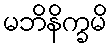
မဘိနိက္ခမိ